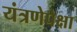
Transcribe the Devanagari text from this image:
यंत्रणेपेक्षा